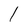
Character: l